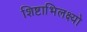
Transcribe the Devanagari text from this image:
शिष्टाभिलक्ष्यो